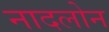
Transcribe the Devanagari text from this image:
नादलोन